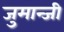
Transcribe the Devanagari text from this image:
जुमान्जी